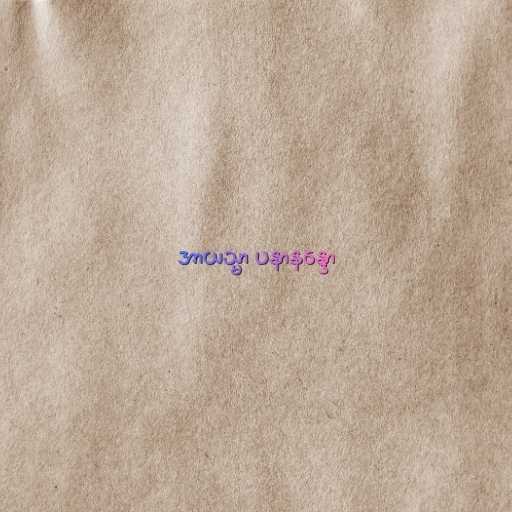
အာယသ္မာ ပနာနန္ဒော